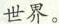
世界。